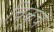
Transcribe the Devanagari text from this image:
चिकूचे